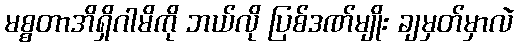
မစ္စတာအိရှိဂါမိကို ဘယ်လို ပြစ်ဒဏ်မျိုး ချမှတ်မှာလဲ